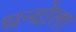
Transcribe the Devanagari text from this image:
धन्दोला